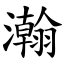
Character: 瀚